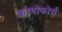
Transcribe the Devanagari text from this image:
क्रोमोफोर्स